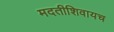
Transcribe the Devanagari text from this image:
मदतीशिवायच